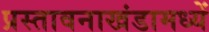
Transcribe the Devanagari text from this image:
प्रस्तावनाखंडामध्यें